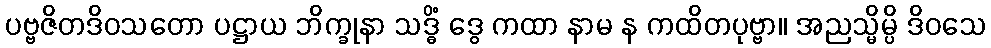
ပဗ္ဗဇိတဒိဝသတော ပဋ္ဌာယ ဘိက္ခုနာ သဒ္ဓိံ ဒွေ ကထာ နာမ န ကထိတပုဗ္ဗာ။ အညသ္မိမ္ပိ ဒိဝသေ